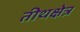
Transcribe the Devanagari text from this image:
तीथक्षेत्र